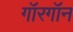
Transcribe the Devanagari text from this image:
गॉरगॉन